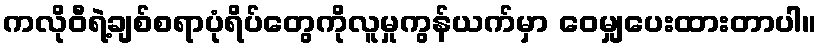
ကလိုဝီရဲ့ချစ်စရာပုံရိပ်တွေကိုလူမှုကွန်ယက်မှာ ဝေမျှပေးထားတာပါ။